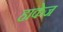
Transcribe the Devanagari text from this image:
हाकेज